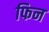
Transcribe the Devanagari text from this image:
फिन